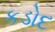
કડોદ